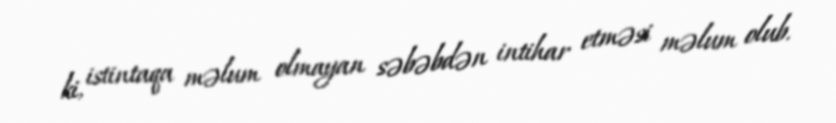
ki, istintaqa məlum olmayan səbəbdən intihar etməsi məlum olub.